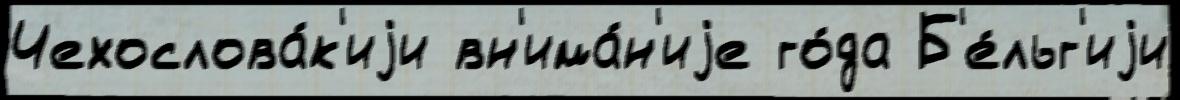
Чехослова́к'иjи вн'има́н'иjе го́да Б'е́льг'иjи